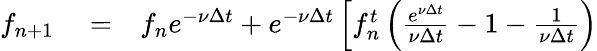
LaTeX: \begin{array}{rlr}{f_{n+1}}&{{}=}&{f_{n}e^{-\nu\Delta t}+e^{-\nu\Delta t}\left[f_{n}^{t}\left(\frac{e^{\nu\Delta t}}{\nu\Delta t}-1-\frac{1}{\nu\Delta t}\right)\right.}\end{array}